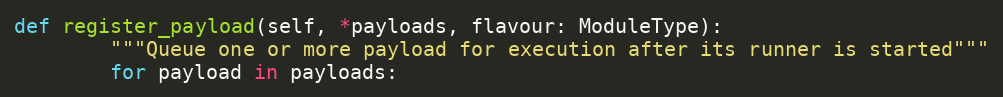
Language: Python
def register_payload(self, *payloads, flavour: ModuleType):
        """Queue one or more payload for execution after its runner is started"""
        for payload in payloads: